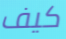
كيف